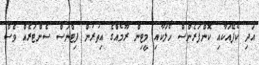
އަދި ކެފޭއަކާއި ކޮންފަރެންސް ހޯލަކާއި މީޓިން ރޫމެއްގެ އިތުރުން ފިޓްނަސް ސެންޓަރެއް ވެސް